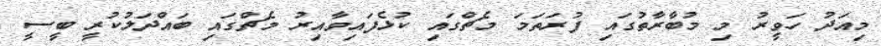
މިއަދު ހަވީރު މި މުބާރާތުގައި ފުރަތަމަ މެޗްގައި ކުޅެފައިވާއިރު މެޗްގައި ބައްދަލުކުރީ ބީސީ